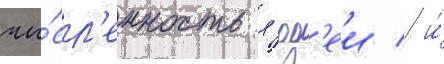
чи́сл'енность л'юд'еи / и́